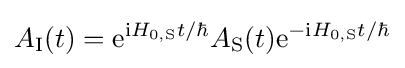
A_{\text{I}}(t)=\mathrm {e} ^{\mathrm {i} H_{0,{\text{S}}}t/\hbar }A_{\text{S}}(t)\mathrm {e} ^{-\mathrm {i} H_{0,{\text{S}}}t/\hbar }